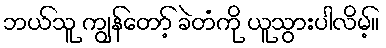
ဘယ်သူ ကျွန်တော့် ခဲတံကို ယူသွားပါလိမ့်။